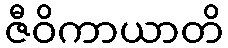
ဇီဝိကာယာတိ